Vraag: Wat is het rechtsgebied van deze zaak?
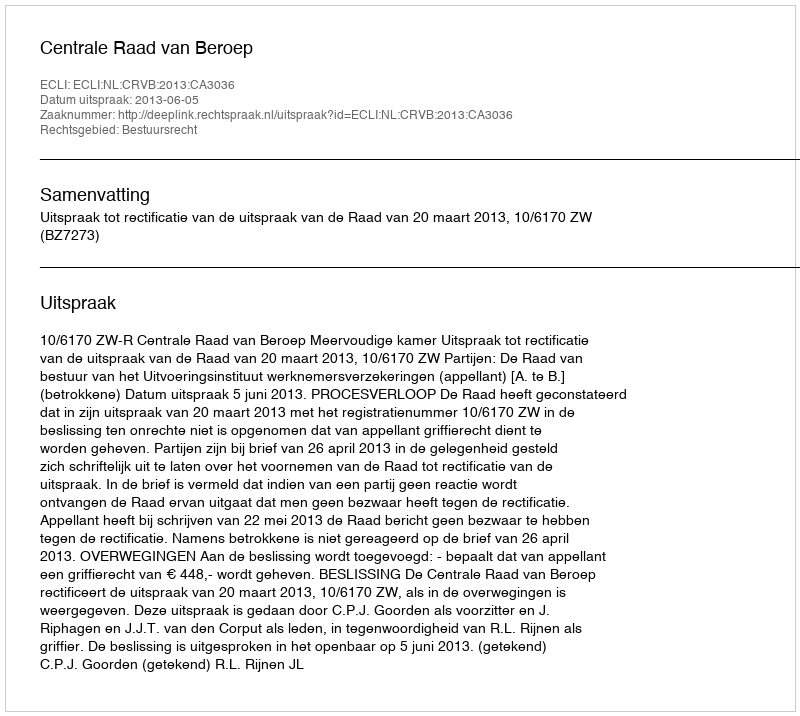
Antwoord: Bestuursrecht